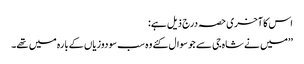
اس کا آخری حصہ درج ذیل ہے:
’’میں نے شاہ جی سے جو سوال کئے وہ سب سو دوزیاں کےبارہ میں تھے۔